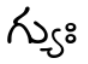
గ్యుః